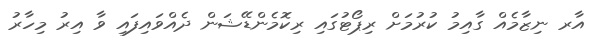
އާރ ނިޒާމެއް ގާއިމު ކުރުމަށް ރިޕޯޓުގައި ރިކޮމެންޑޭޝަން ދެއްވައިފައި ވާ އިރު މިހާރު